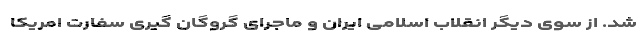
شد. از سوی دیگر انقلاب اسلامی ایران و ماجرای گروگان گیری سفارت امریکا